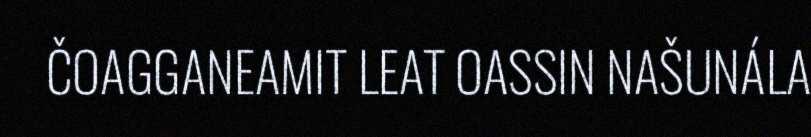
ČOAGGANEAMIT LEAT OASSIN NAŠUNÁLA